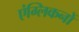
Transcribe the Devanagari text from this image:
एंग्लिकनों